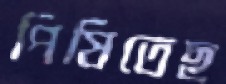
পিষিতেছ